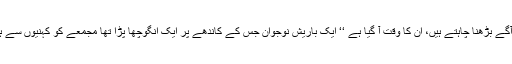
جو لوگ ہمارے شاندار ماضی، ہمارے نظامِ راشدین سے آگے بڑھنا چاہتے ہیں، ان کا وقت آ گیا ہے ‘‘ ایک باریش نوجوان جس کے کاندھے پر ایک انگوچھا پڑا تھا مجمعے کو کہنیوں سے ہٹا تا آگے بڑھنے لگا، اس کی نگاہیں مجھ پر پیوست تھیں۔